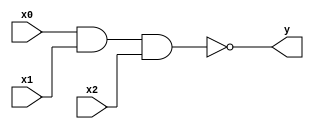
module nand_i3(y, x0, x1, x2);
	output y;
	input x0, x1, x2;
		
	assign y = ~(x0 & x1 & x2);
endmodule
	
module nand_i2(y, x0, x1);
	output y;
	input x0, x1;
		
	assign y = ~(x0 & x1);
endmodule